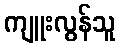
ကျူးလွန်သူ